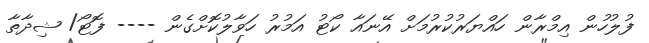
ފުލުހުން އިމްރާން ހައްޔަރުކުރުމަށް އޭނައާ ކޯޓު އަމުރު ހަވާލުކޮށްގެން ---- ފޮޓޯ/ ޝިދާތާ